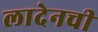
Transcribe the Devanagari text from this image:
लादेनची